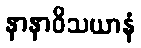
နာနာဝိသယာနံ